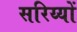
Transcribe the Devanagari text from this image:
सरिय्यों